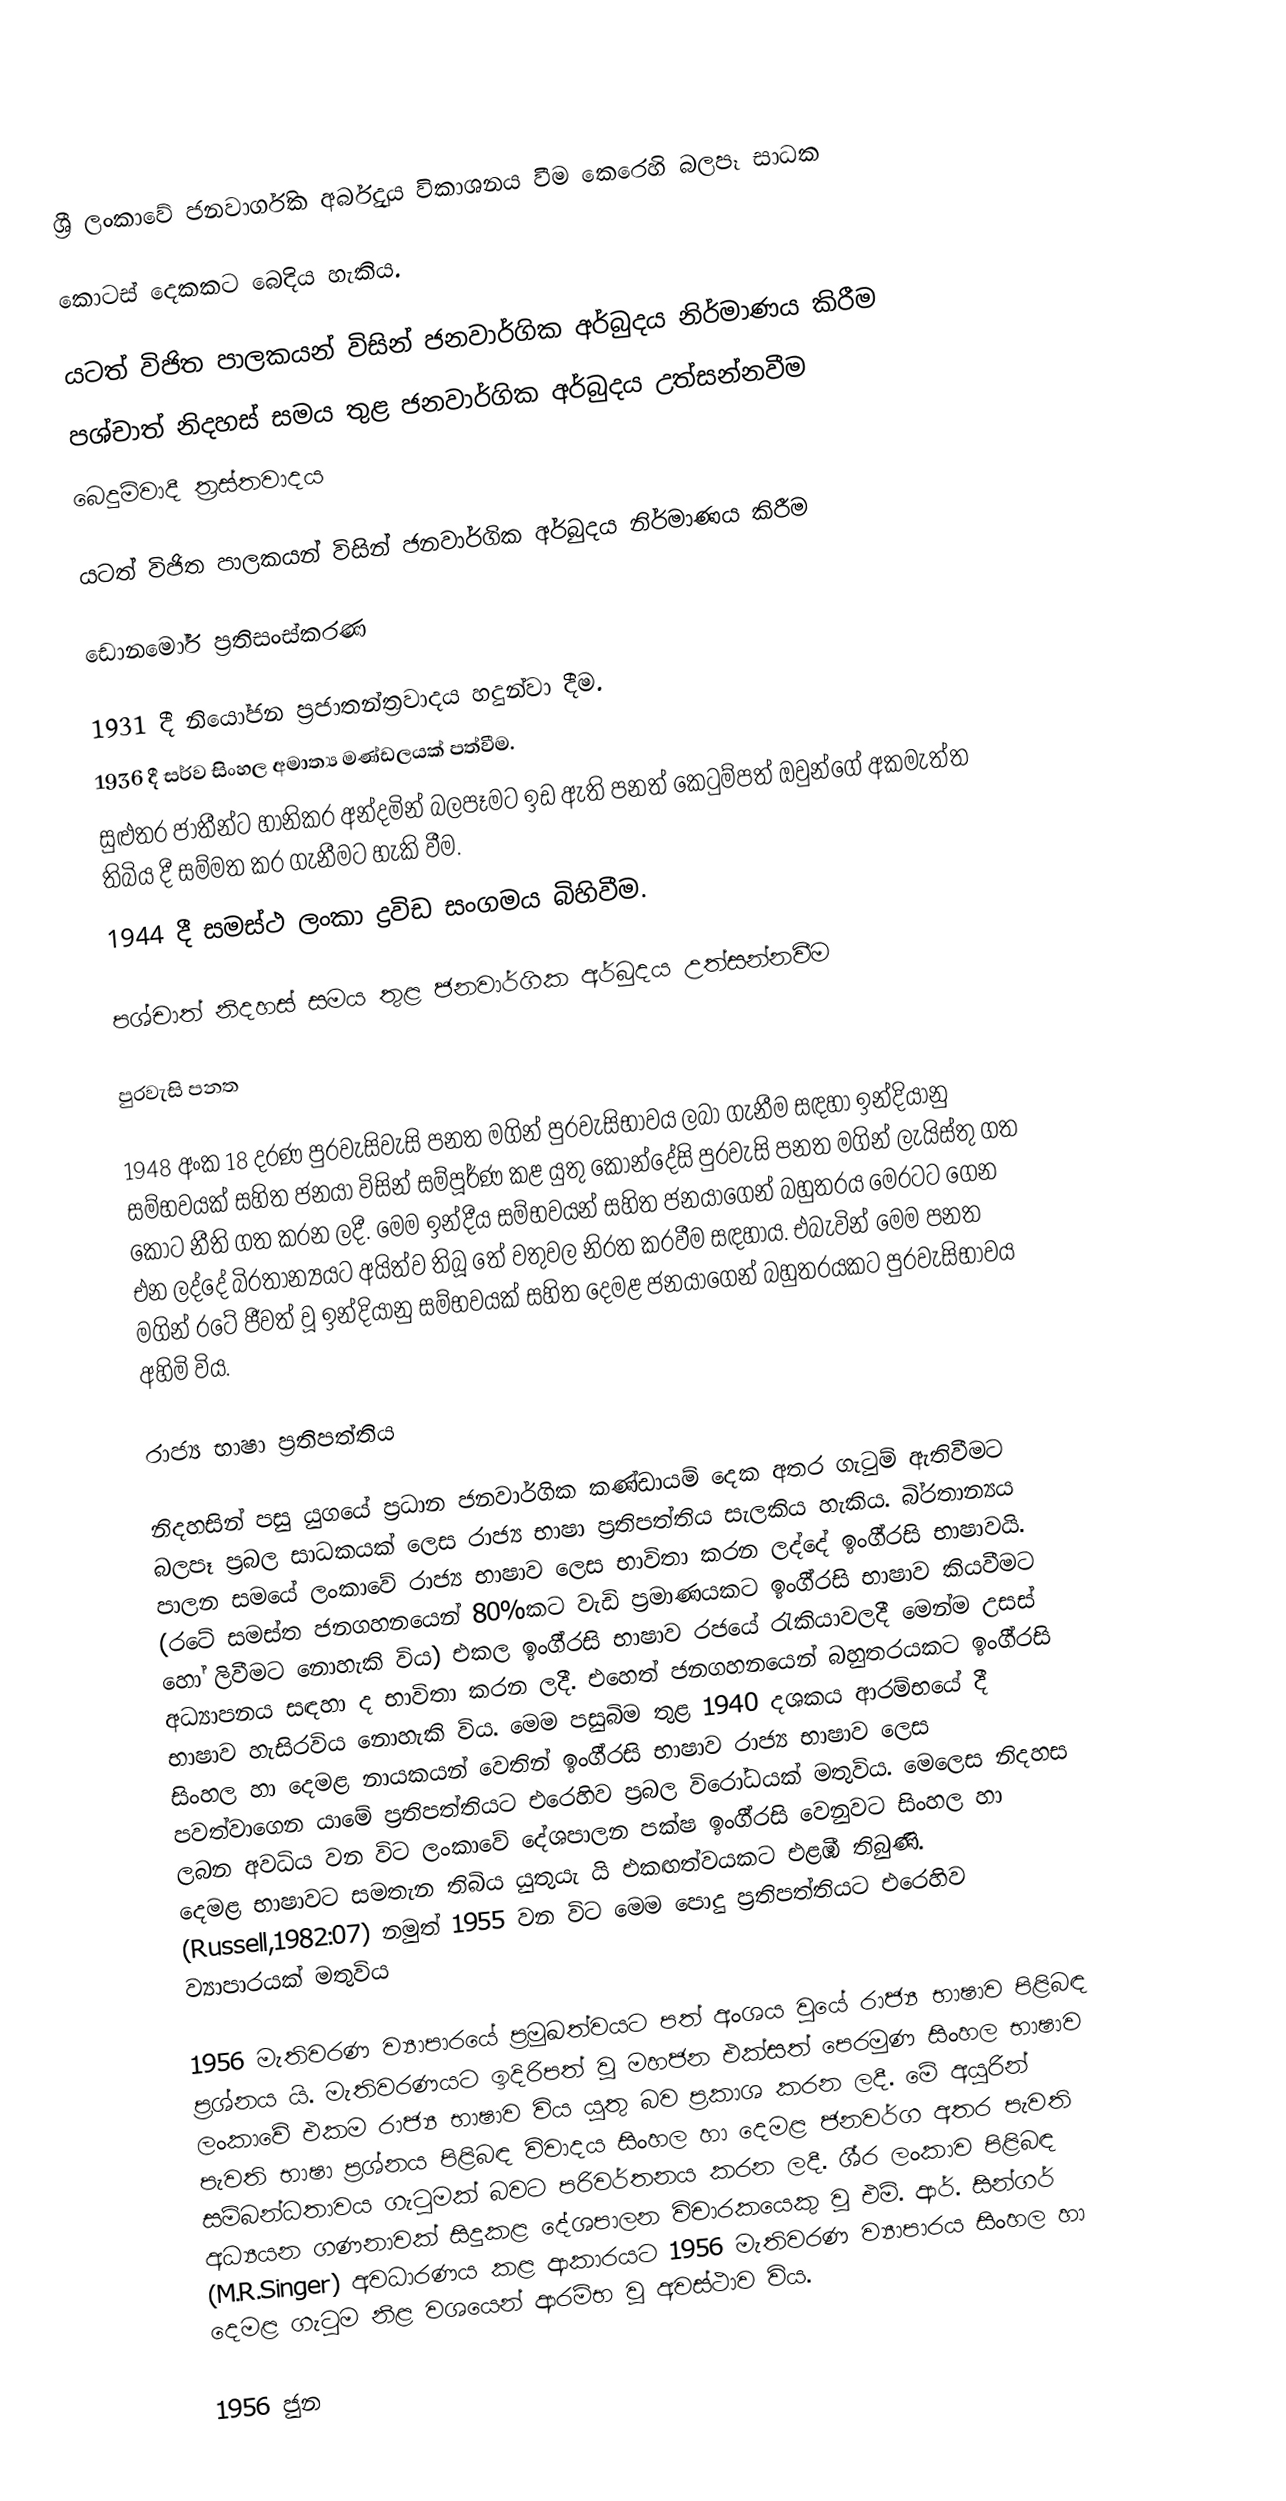

ශ්‍රී ලංකාවේ ජනවාර්ගික අර්බුදය විකාශනය වීම කෙරෙහි බලපෑ සාධක

කොටස් දෙකකට බෙදිය හැකිය.

 යටත් විජිත පාලකයන් විසින් ජනවාර්ගික අර්බුදය නිර්මාණය කිරීම
 පශ්චාත් නිදහස් සමය තුළ ජනවාර්ගික අර්බුදය උත්සන්නවීම
 බෙදුම්වාදී ත්‍රස්තවාදය

යටත් විජිත පාලකයන් විසින් ජනවාර්ගික අර්බුදය නිර්මාණය කිරීම

ඩොනමෝර් ප්‍රතිසංස්කරණ

 1931 දී නියෝජන ප්‍රජාතන්ත්‍රවාදය හදුන්වා දීම.
 1936 දී සර්ව සිංහල අමාත්‍ය මණ්ඩලයක් පත්වීම.
 සුළුතර ජාතීන්ට හානිකර අන්දමින් බලපෑමට ඉඩ ඇති පනත් කෙටුම්පත් ඔවුන්ගේ අකමැත්ත තිබිය දී සම්මත කර ගැනීමට හැකි වීම.
 1944 දී සමස්ථ ලංකා ද්‍රවිඩ සංගමය බිහිවීම.

පශ්චාත් නිදහස් සමය තුළ ජනවාර්ගික අර්බුදය උත්සන්නවීම

පුරවැසි පනත

1948 අංක 18 දරණ පුරවැසිවැසි පනත මගින් පුරවැසිභාවය ලබා ගැනීම සඳහා ඉන්දියානු සම්භවයක් සහිත ජනයා විසින් සම්පූර්ණ කළ යුතු කොන්දේසි පුරවැසි පනත මගින් ලැයිස්තු ගත කොට නීති ගත කරන ලදී. මෙම ඉන්දීය සම්භවයන් සහිත ජනයාගෙන් බහුතරය මෙරටට ගෙන එන ලද්දේ බි‍්‍රතාන්‍යයට අයිත්ව තිබූ තේ වතුවල නිරත කරවීම සඳහාය. එබැවින් මෙම පනත මගින් රටේ ජීවත් වූ ඉන්දියානු සම්භවයක් සහිත දෙමළ ජනයාගෙන් බහුතරයකට පුරවැසිභාවය අහිමි විය.

රාජ්‍ය භාෂා ප‍්‍රතිපත්තිය

නිදහසින් පසු යුගයේ ප‍්‍රධාන ජනවාර්ගික කණ්ඩායම් දෙක අතර ගැටුම් ඇතිවීමට බලපෑ ප‍්‍රබල සාධකයක් ලෙස රාජ්‍ය භාෂා ප‍්‍රතිපත්තිය සැලකිය හැකිය. බි‍්‍රතාන්‍යය පාලන සමයේ ලංකාවේ රාජ්‍ය භාෂාව ලෙස භාවිතා කරන ලද්දේ ඉංගී‍්‍රසි භාෂාවයි. (රටේ සමස්ත ජනගහනයෙන් 80%කට වැඩි ප‍්‍රමාණයකට ඉංගී‍්‍රසි භාෂාව කියවීමට හෝ ලිවීමට නොහැකි විය) එකල ඉංගී‍්‍රසි භාෂාව රජයේ රැකියාවලදී මෙන්ම උසස් අධ්‍යාපනය සඳහා ද භාවිතා කරන ලදී. එහෙත් ජනගහනයෙන් බහුතරයකට ඉංගී‍්‍රසි භාෂාව හැසිරවිය නොහැකි විය. මෙම පසුබිම තුළ 1940 දශකය ආරම්භයේ දී සිංහල හා දෙමළ නායකයන් වෙතින් ඉංගී‍්‍රසි  භාෂාව රාජ්‍ය භාෂාව ලෙස පවත්වාගෙන යාමේ ප‍්‍රතිපත්තියට එරෙහිව ප‍්‍රබල විරෝධයක් මතුවිය. මෙලෙස නිදහස ලබන අවධිය වන විට ලංකාවේ දේශපාලන පක්ෂ ඉංගී‍්‍රසි වෙනුවට සිංහල හා දෙමළ භාෂාවට සමතැන තිබිය යුතුයැ යි එකඟත්වයකට එළඹී තිබුණි. (Russell,1982:07) නමුත් 1955 වන විට මෙම පොදු ප‍්‍රතිපත්තියට එරෙහිව ව්‍යාපාරයක් මතුවිය

1956 මැතිවරණ ව්‍යාපාරයේ ප‍්‍රමුඛත්වයට පත් අංශය වුයේ රාජ්‍ය භාෂාව පිළිබඳ ප‍්‍රශ්නය යි. මැතිවරණයට ඉදිරිපත් වූ මහජන එක්සත් පෙරමුණ සිංහල භාෂාව ලංකාවේ එකම රාජ්‍ය භාෂාව විය යුතු බව ප‍්‍රකාශ කරන ලදී. මේ අයුරින් පැවති භාෂා ප‍්‍රශ්නය පිළිබඳ විවාදය සිංහල හා දෙමළ ජනවර්ග අතර පැවති සම්බන්ධතාවය ගැටුමක් බවට පරිවර්තනය කරන ලදී. ශී‍්‍ර ලංකාව පිළිබඳ අධ්‍යයන ගණනාවක් සිදුකළ දේශපාලන විචාරකයෙකු වූ එම්. ආර්. සින්ගර් (M.R.Singer) අවධාරණය කළ ආකාරයට 1956 මැතිවරණ ව්‍යාපාරය සිංහල හා දෙමළ ගැටුම නිළ වශයෙන් ආරම්භ වූ අවස්ථාව විය.

1956 ජුන